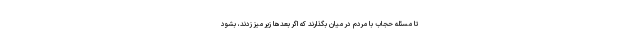
تا مسئله حجاب با مردم در میان بگذارند که اگر بعدها زیر میز زدند، بشود